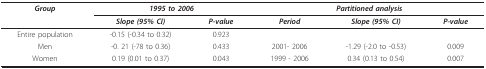
| Group | <COLSPAN=2> 1995 to 2006 | <COLSPAN=3> Partitioned analysis |
 |  | Slope (95% CI) | P-value | Period | Slope (95% CI) | P-value |
 | --- | --- | --- | --- | --- | --- |
 | Entire population | -0.15 (-0.34 to 0.32) | 0.923 |  |  |  |
 | Men | -0. 21 (-78 to 0.36) | 0.433 | 2001- 2006 | -1.29 (-2.0 to -0.53) | 0.009 |
 | Women | 0.19 (0.01 to 0.37) | 0.043 | 1999 - 2006 | 0.34 (0.13 to 0.54) | 0.007 |